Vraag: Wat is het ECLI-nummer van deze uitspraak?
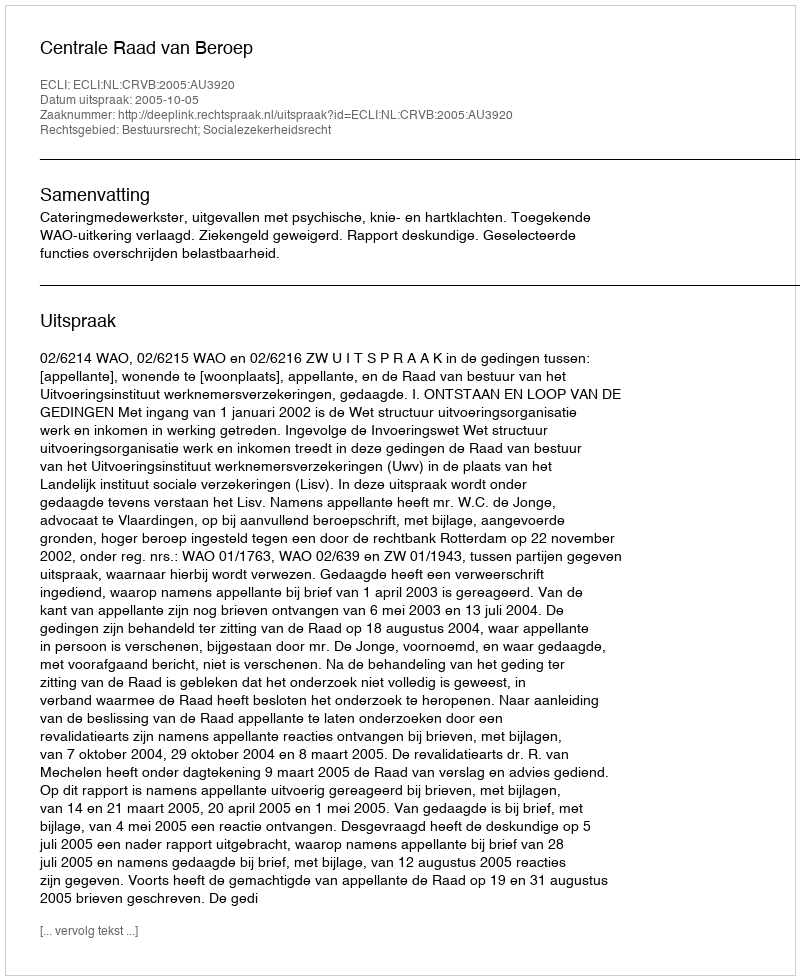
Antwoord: ECLI:NL:CRVB:2005:AU3920